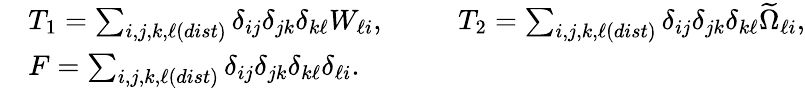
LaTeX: \begin{array}{rl}&{T_{1}=\sum_{i,j,k,\ell(dist)}\delta_{ij}\delta_{jk}\delta_{k\ell}W_{\ell i},\qquad\; \; T_{2}=\sum_{i,j,k,\ell(dist)}\delta_{ij}\delta_{jk}\delta_{k\ell}\widetilde{\Omega}_{\ell i},}\\ &{F=\sum_{i,j,k,\ell(dist)}\delta_{ij}\delta_{jk}\delta_{k\ell}\delta_{\ell i}.}\end{array}